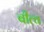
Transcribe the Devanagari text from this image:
बीत्च